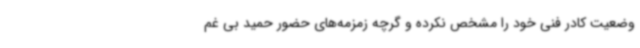
وضعیت کادر فنی خود را مشخص نکرده و گرچه زمزمه‌های حضور حمید بی غم